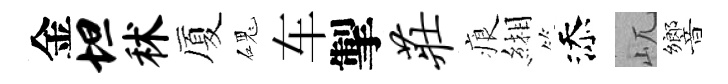
金坦秫厦磈车掣庄痕緗添屼響